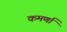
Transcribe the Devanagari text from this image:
कमर्णा